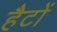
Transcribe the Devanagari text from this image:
हैटों